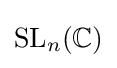
\operatorname {SL} _{n}(\mathbb {C} )